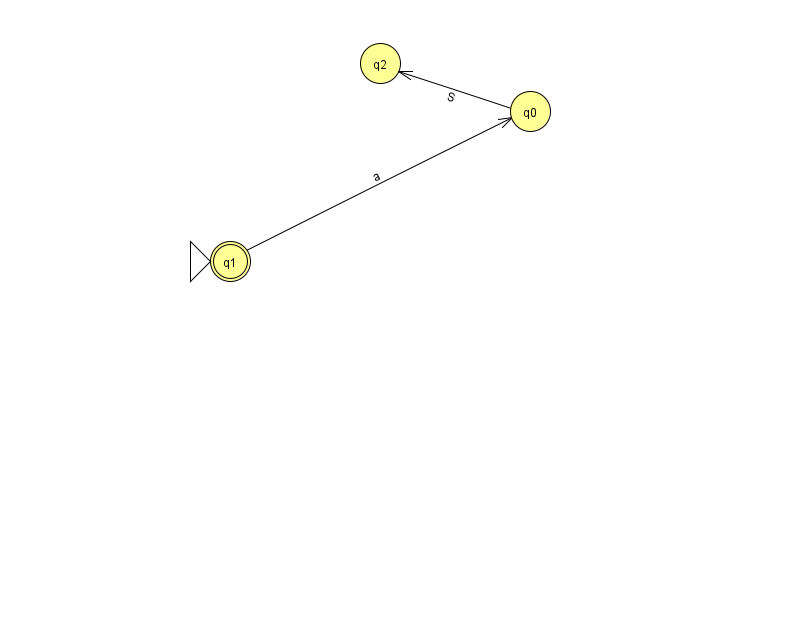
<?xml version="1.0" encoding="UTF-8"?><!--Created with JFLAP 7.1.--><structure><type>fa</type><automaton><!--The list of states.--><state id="0" name="q0"><x>530.0</x><y>98.0</y></state><state id="1" name="q1"><x>230.0</x><y>248.0</y><initial/><final/></state><state id="2" name="q2"><x>380.0</x><y>50.0</y></state><!--The list of transitions.--><transition><from>1</from><to>0</to><read>a</read></transition><transition><from>0</from><to>2</to><read>S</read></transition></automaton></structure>